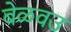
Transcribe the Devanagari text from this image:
बेळवउ